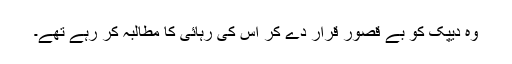
وہ دیپک کو بے قصور قرار دے کر اُس کی رہائی کا مطالبہ کر رہے تھے۔